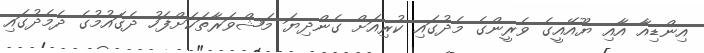
އިންޑިއާ އާއި ޔޫއޭއީގެ ވެރީންގެ މެދުގައި ކުރިއަށް ގެންދިޔަ މަޝްވަރާތަކަށްފަހު ދެގައުމުގެ ދެމެދުގައި